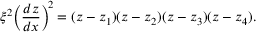
\begin{array} { l } { \displaystyle { \xi ^ { 2 } \! \left( \frac { d z } { d x } \right) ^ { \! 2 } = ( z - z _ { 1 } ) ( z - z _ { 2 } ) ( z - z _ { 3 } ) ( z - z _ { 4 } ) . } } \end{array}